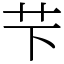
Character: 芐